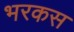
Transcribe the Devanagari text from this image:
भरकस